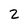
Character: 2